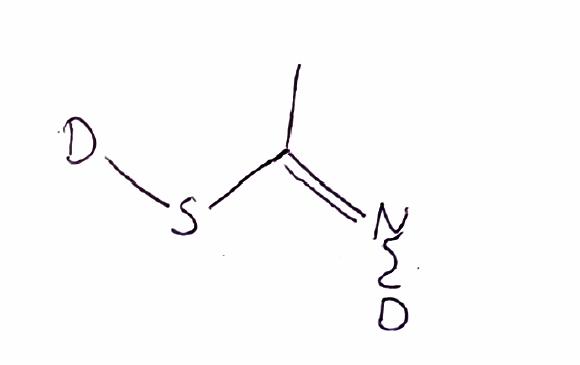
Simplified molecular-input line-entry system (SMILES) notation of the given molecule:
[2H]N=C(C)S[2H]